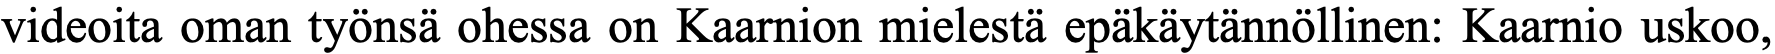
videoita oman työnsä ohessa on Kaarnion mielestä epäkäytännöllinen: Kaarnio uskoo,